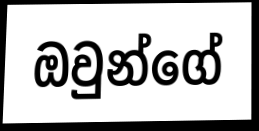
ඔවුන්ගේ